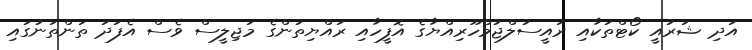
އަދި ޝަރުއީ ކޯޓްތަކާއި ރައީސުލްޖުމްހޫރިއްޔާގެ އޮފީހާއި ރައްޔިތުންގެ މަޖިލީސް ވެސް އެފަދަ ތަންތަނުގައި